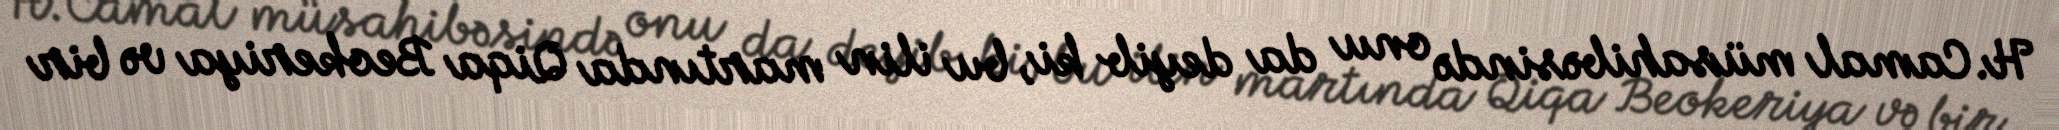
H.Camal müsahibəsində onu da deyib ki, bu ilin martında Qiqa Beokeriya və bir